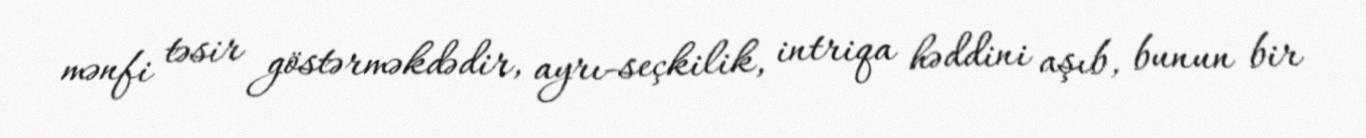
mənfi təsir göstərməkdədir, ayrı-seçkilik, intriqa həddini aşıb, bunun bir